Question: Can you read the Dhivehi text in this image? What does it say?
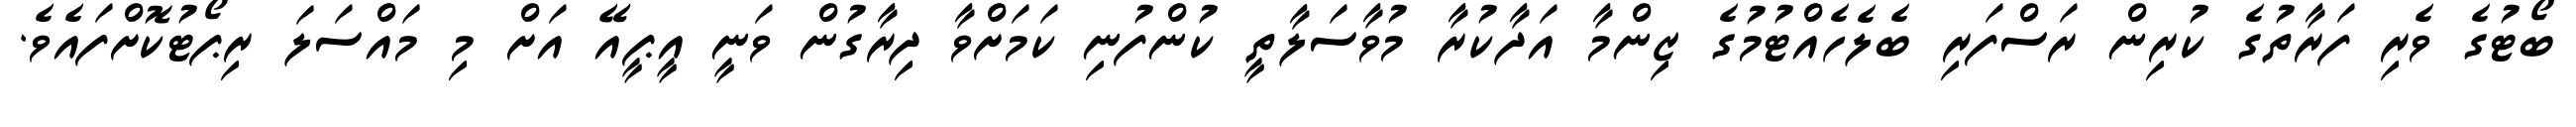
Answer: ބޯޓުގެ ވެރި ފަރާތުގެ ކުރިން ރަސްފަރި ބެލެހެއްޓުމުގެ ޒިންމާ އަދާކުރާ މުވާސަލާތީ ކުންފުނި ކަމަށްވާ ދިރާގުން ވަނީ އީޕީއޭ އަށް މި މައްސަލަ ރިޕޯޓުކޮށްފައެވެ.